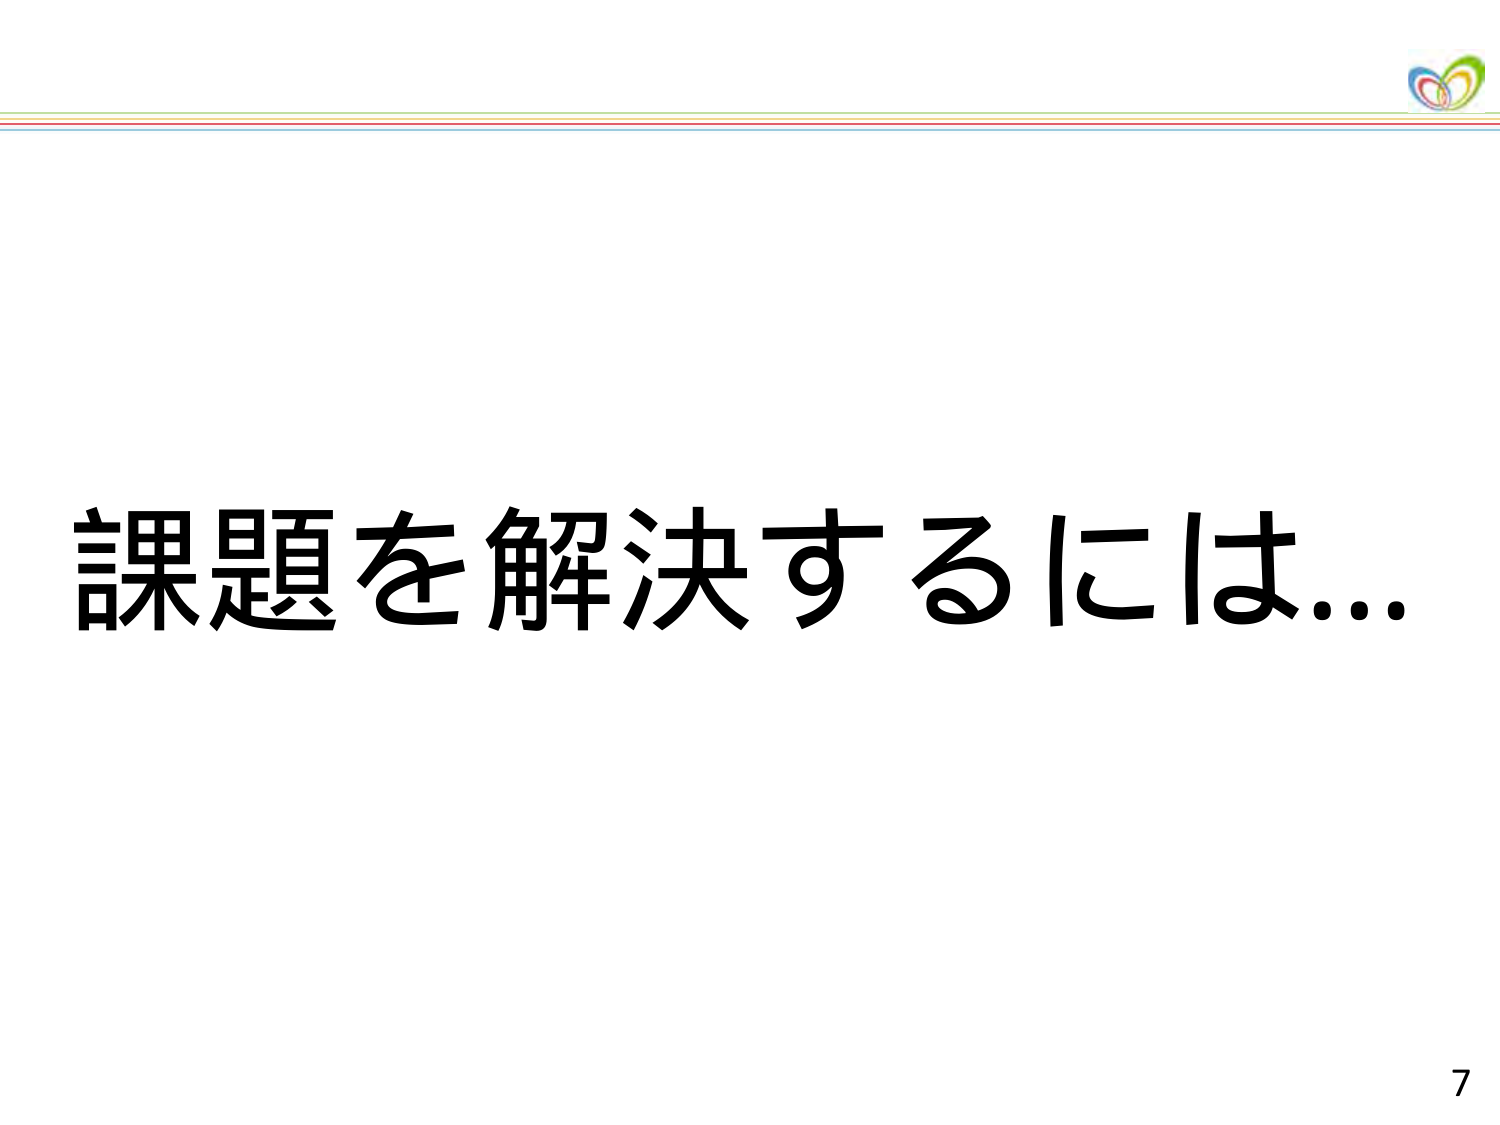
課題を解決するには...

7